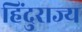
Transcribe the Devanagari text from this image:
हिंदुराज्य